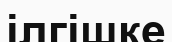
ілгішке